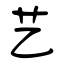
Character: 艺